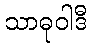
သာဓုဝါဒီ